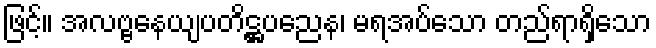
ဖြင့်။ အလဗ္ဗနေယျပတိဋ္ဌပညေန၊ မရအပ်သော တည်ရာရှိသော